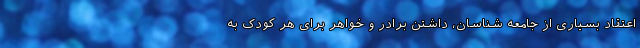
اعتقاد بسیاری از جامعه شناسان، داشتن برادر و خواهر برای هر کودک به